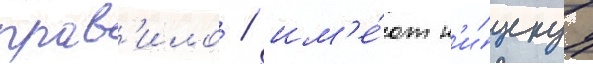
прав'ило / им'е́ют н'и́зкуу